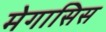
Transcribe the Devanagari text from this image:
मेगासिस